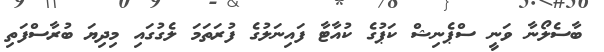
ބާސެލޯނާ ވަނީ ސްޕެނިޝް ކަޕުގެ ކުއާޓާ ފައިނަލުގެ ފުރަތަމަ ލެގުގައި މިދިޔަ ބުރާސްފަތި